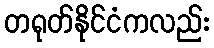
တရုတ်နိုင်ငံကလည်း